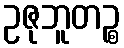
ဥဇုဘူတဉ္စ